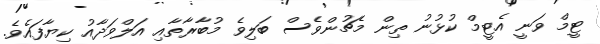
ޓީމް ވަނީ އެޓީމް ކުޅުނު ތިން މެޗުންވެސް ބަލިވެ މުބާރާތާއި އަލްވަދާއު ކިޔާފައެވެ.